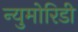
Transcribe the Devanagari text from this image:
न्युमोरिडी